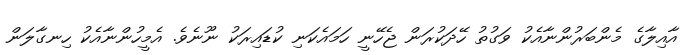
އާއިލާގެ މެންބަރުންނާއެކު ވަގުތު ހޭދަކުރަން ޖެހޭނީ ހަމައެކަނި ކުޑައިރަކު ނޫނެވެ. އެމީހުންނާއެކު ހިނގާލަން